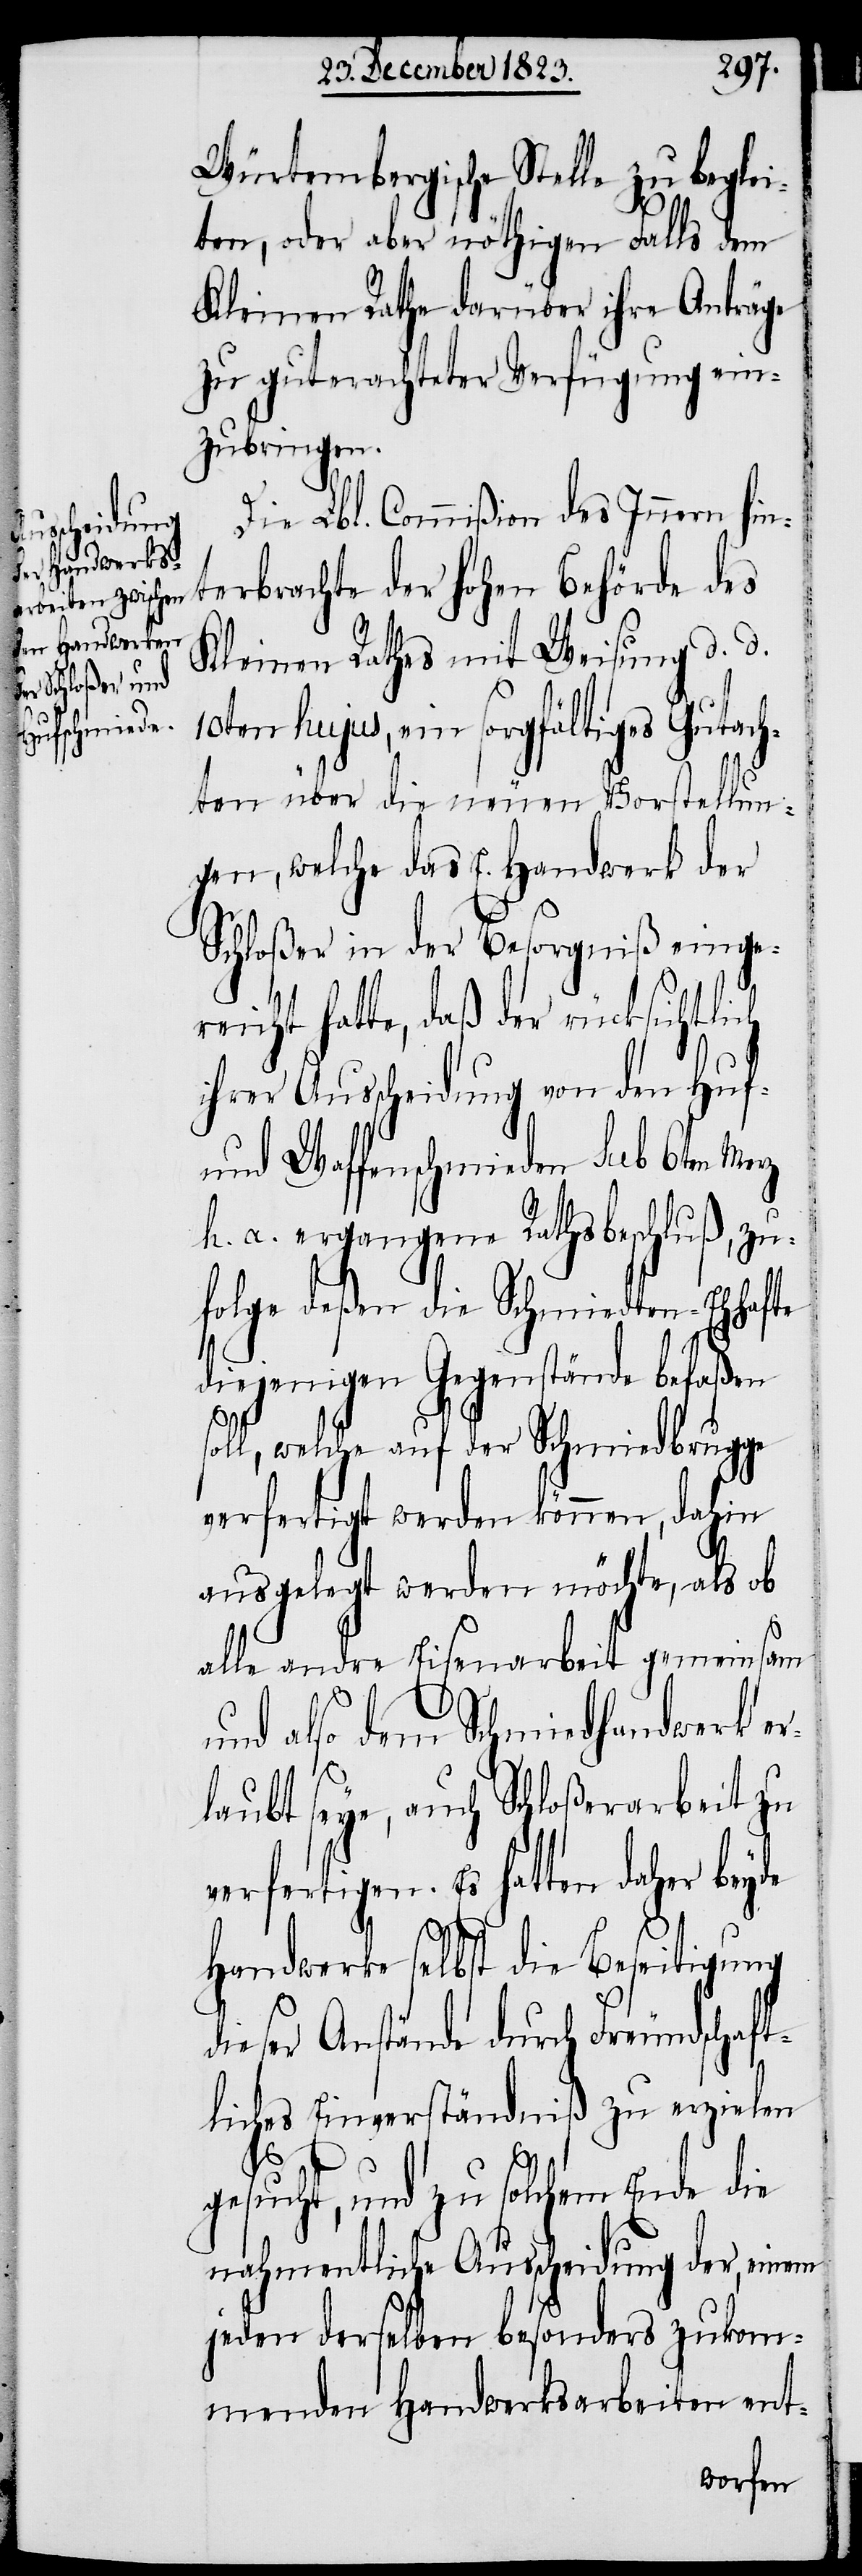
Würtembergische Stelle zu beglei¬
ten, oder aber nöthigen Falls dem
Kleinen Rathe darüber ihre Anträge
zu guterachteter Verfügung ein¬
zubringen.
Die Lbl. Commißion des Innern hin¬
terbrachte der hohen Behörde des
Kleinen Rathes mit Weisung d. d.
10ten hujus, ein sorgfältiges Gutach¬
ten über die neuen Vorstellun¬
gen, welche das E. Handwerk der
Schloßer in der Besorgniß einge¬
reicht hatte, daß der rücksichtlich
ihrer Ausscheidung von den Huf-
und Waffenschmieden sub 6ten Merz
h. a. ergangene Rathsbeschluß, zu¬
folge deßen die Schmiedten-Ehhafte
diejenigen Gegenstände befaßen
soll, welche auf der Schmiedbrugge
verfertigt werden können, dahin
ausgelegt werden möchte, als ob
alle andre Eisenarbeit gemeinsam
und also dem Schmiedhandwerk er¬
laubt seye, auch Schloßerarbeit zu
verfertigen. Es hatten daher beyde
Handwerke selbst die Beseitigung
dieser Anstände durch Freundschaft¬
liches Einverständniß zu erzielen
gesucht, und zu solchem Ende die
nahmentliche Ausscheidung der, einem
jeden derselben besonders zukom¬
menden Handwerksarbeiten ent-